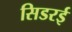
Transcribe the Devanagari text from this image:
सिडरई